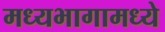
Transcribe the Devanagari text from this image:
मध्यभागामध्ये